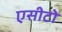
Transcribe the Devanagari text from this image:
एसीटो